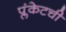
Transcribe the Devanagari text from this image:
प्लंकेटची